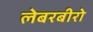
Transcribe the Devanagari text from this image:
लेबरबीरो